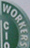
WORKERS